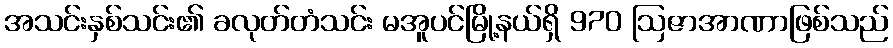
အသင်းနှစ်သင်း၏ ခလုတ်တံသင်း မအူပင်မြို့နယ်ရှိ 970 ဩဇာအာဏာဖြစ်သည်